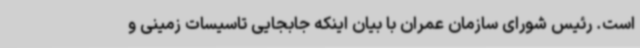
است. رئیس شورای سازمان عمران با بیان اینکه جابجایی تاسیسات زمینی و